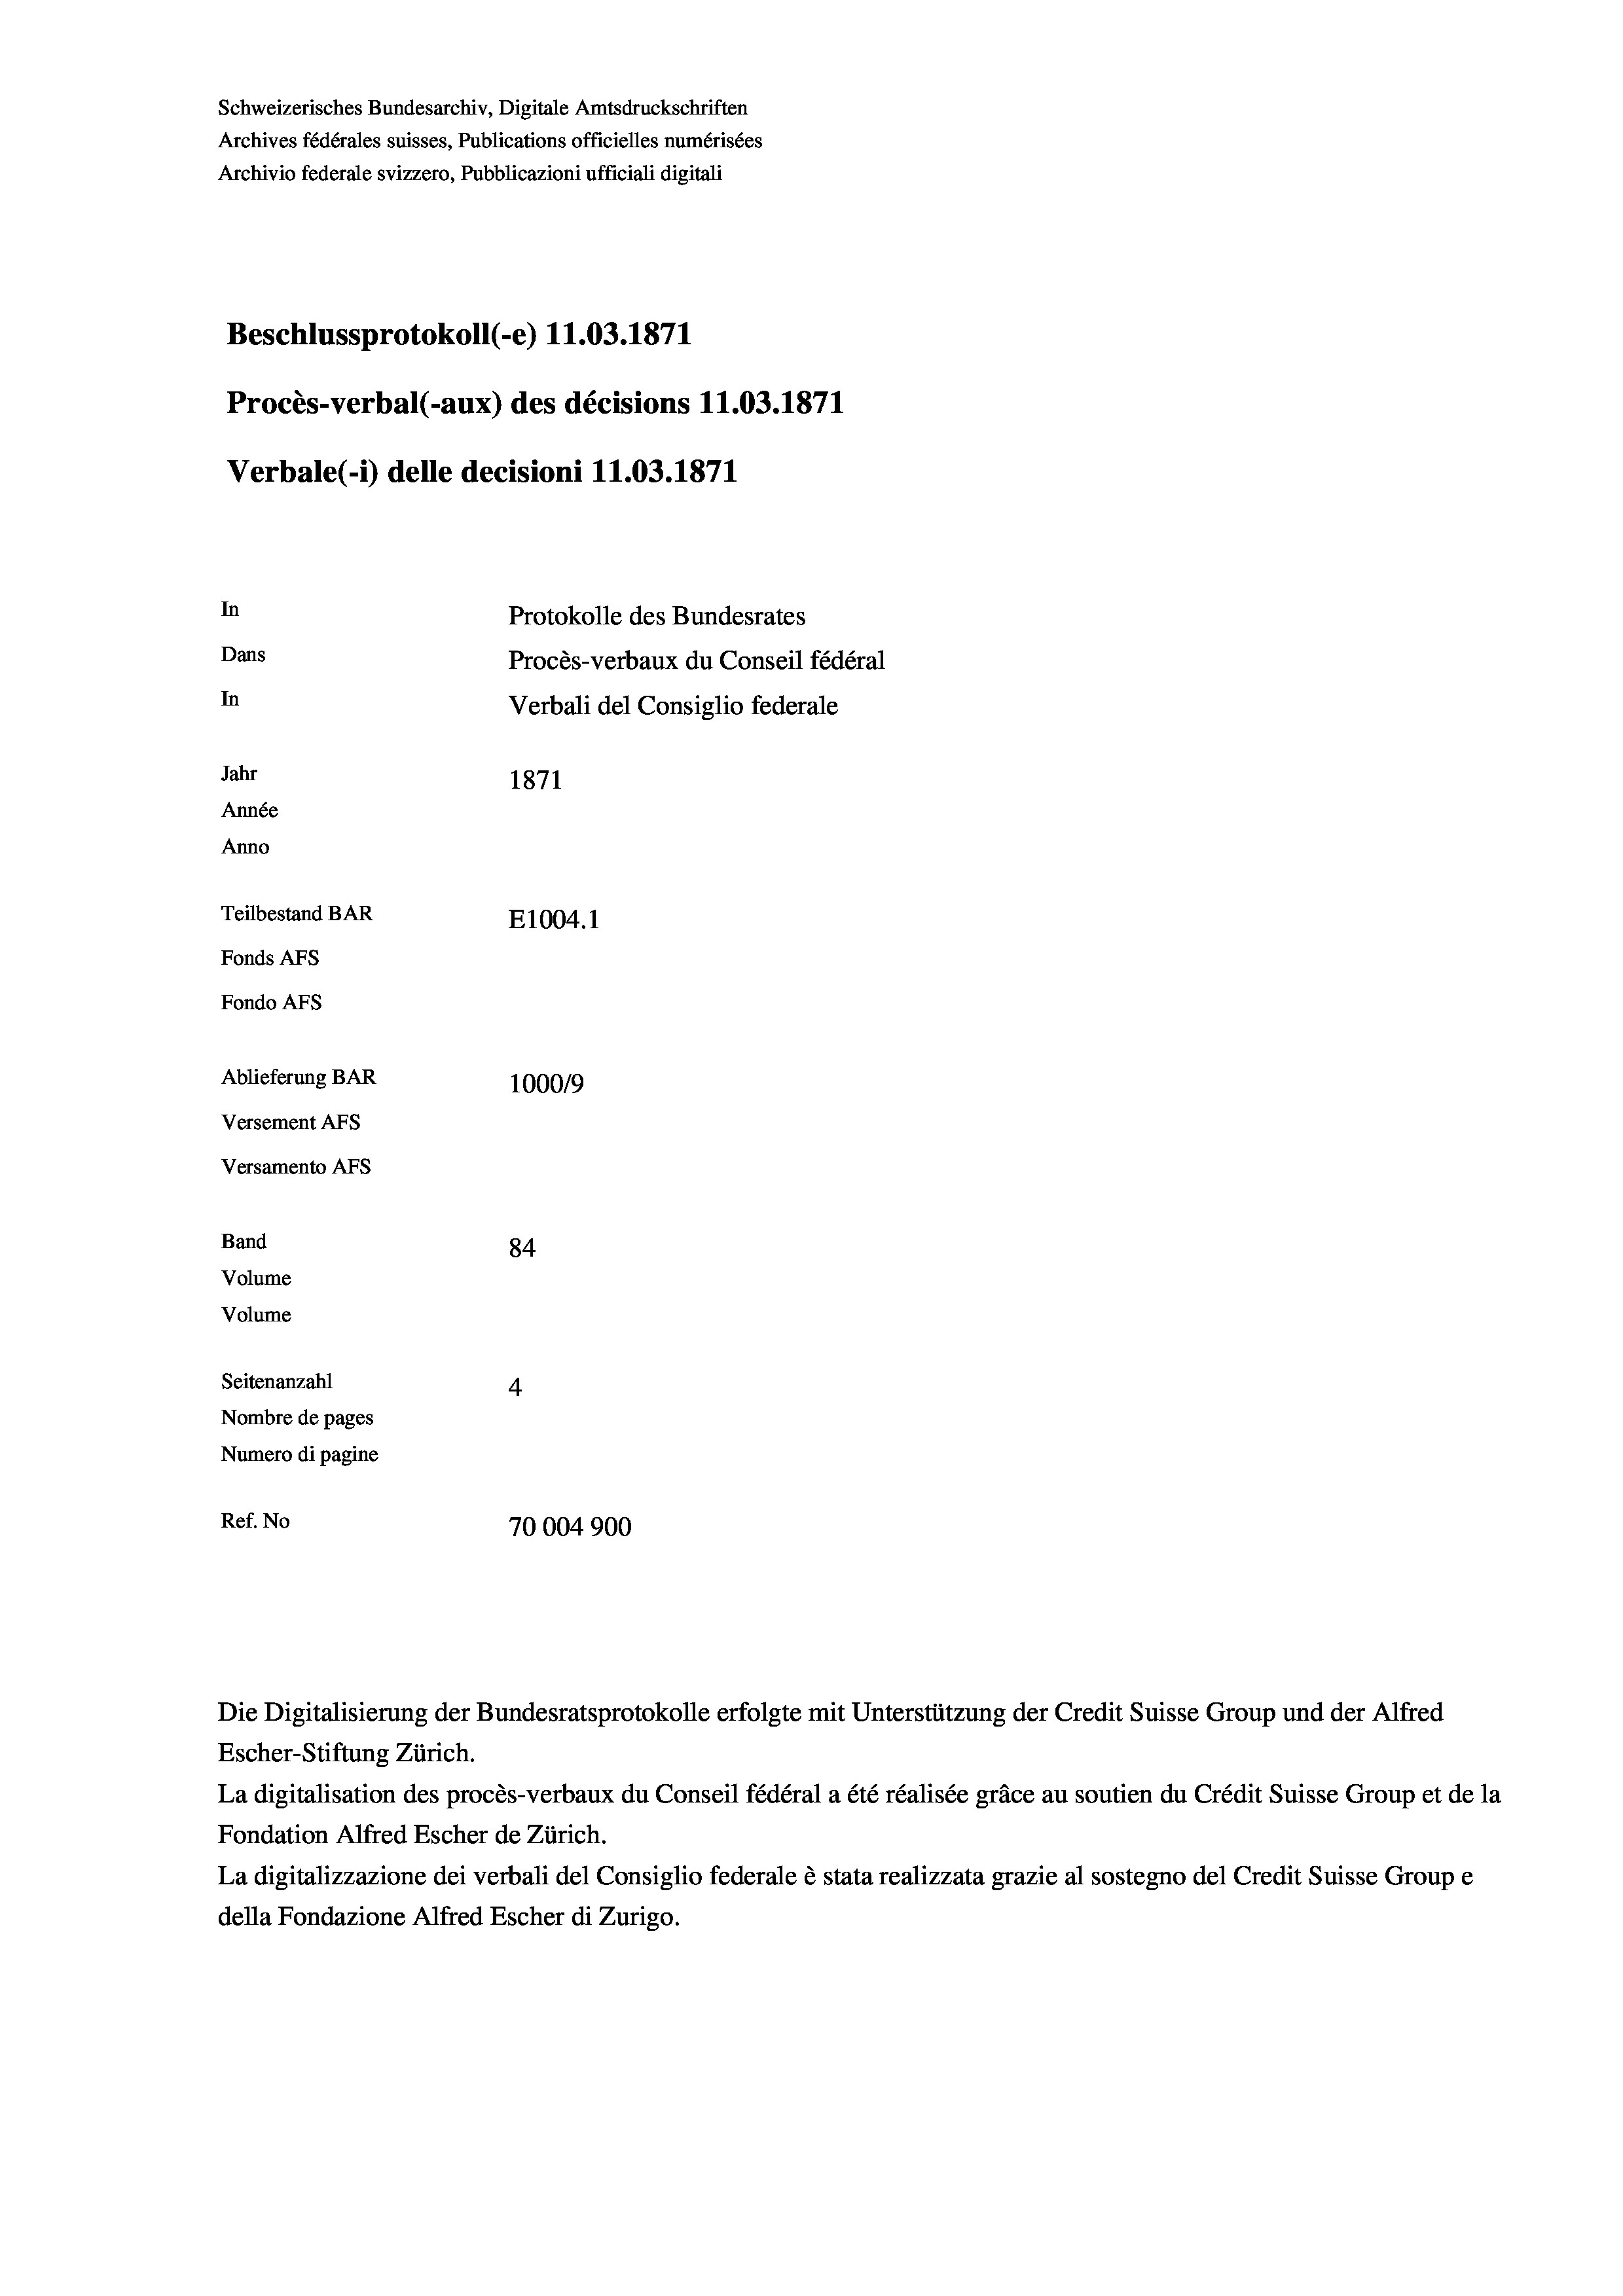
Schweizerisches Bundesarchiv, Digitale Amtsdruckschriften
Archives fédérales suisses, Publications officielles numérisées
Archivio federale svizzero, Pubblicazioni ufficiali digitali
Beschlussprotokoll (-e) 11.03. 1871
Procès-verbal (-aux) des décisions 11.03. 1871
Verbale(-*) delle decisioni 11.03. 1871
In
Protokolle des Bundesrates
Dans
Procès-verbaux du Conseil fédéral
In
Verbali del Consiglio federale
Jahr
1871
Année
Anno
Teilbestand BAR
E1004.1
Fonds AFs
Fondo AFs
Ablieferung BAR
1000/9
Versement Abs
Versamento Afs
Band
84
Volume
Volume

Seitenanzahl
4
Nombre de pages
Numero di pagine
Ref. No
70004900

Escher-Stiftung Zürich.
La digitalisation des procès-verbaux du Conseil fédéral a été réalisée gräce au soutien du Crédit Suisse Group et de la
Fondation Alfred Escher de Zürich.
La digitalizzazione dei verbali del Consiglio federale è stata realizzata grazie al sostegno del Credit Suisse Groupe
della Fondazione Alfred Escher di Zurigo.

Die Digitalisierung der Bundesratsprotokolle erfolgte mit Unterstützung der Credit Suisse Group und der Alfred